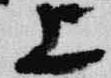
上